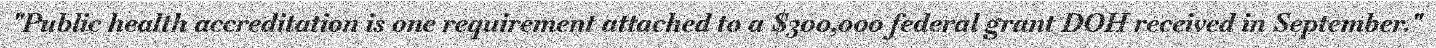
"Public health accreditation is one requirement attached to a $300,000 federal grant DOH received in September."